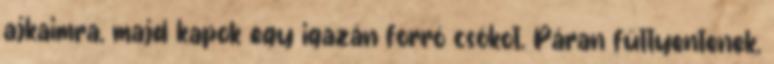
ajkaimra, majd kapok egy igazán forró csókot. Páran füttyentenek,